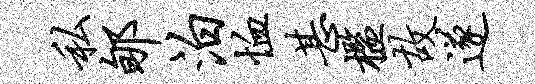
私郇泊恤甚槛故遂